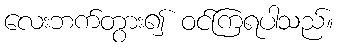
လေးဘက်တွား၍ ဝင်ကြရပါသည်။